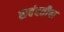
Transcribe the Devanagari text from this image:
सवंदतीचा